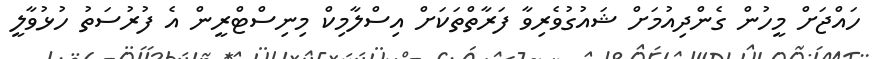
ހައްޖަށް މީހުން ގެންދިއުމަށް ޝައުގުވެރިވާ ފަރާތްތަކަށް އިސްލާމިކް މިނިސްޓްރީން އެ ފުރުސަތު ހުޅުވާލީ